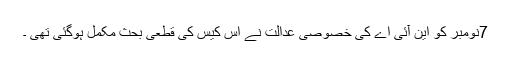
7نومبر کو این آئی اے کی خصوصی عدالت نے اس کیس کی قطعی بحث مکمل ہوگئی تھی ۔